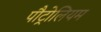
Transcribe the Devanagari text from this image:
पौट्रोलियम